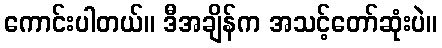
ကောင်းပါတယ်။ ဒီအချိန်က အသင့်တော်ဆုံးပဲ။